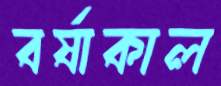
বর্ষাকাল